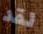
لقد